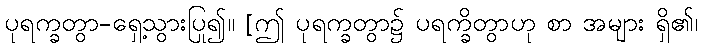
ပုရက္ခတွာ-ရှေ့သွားပြု၍။ [ဤ ပုရက္ခတွာ၌ ပရက္ခိတွာဟု စာ အများ ရှိ၏၊